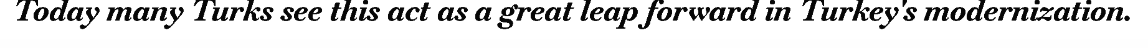
Today many Turks see this act as a great leap forward in Turkey's modernization.